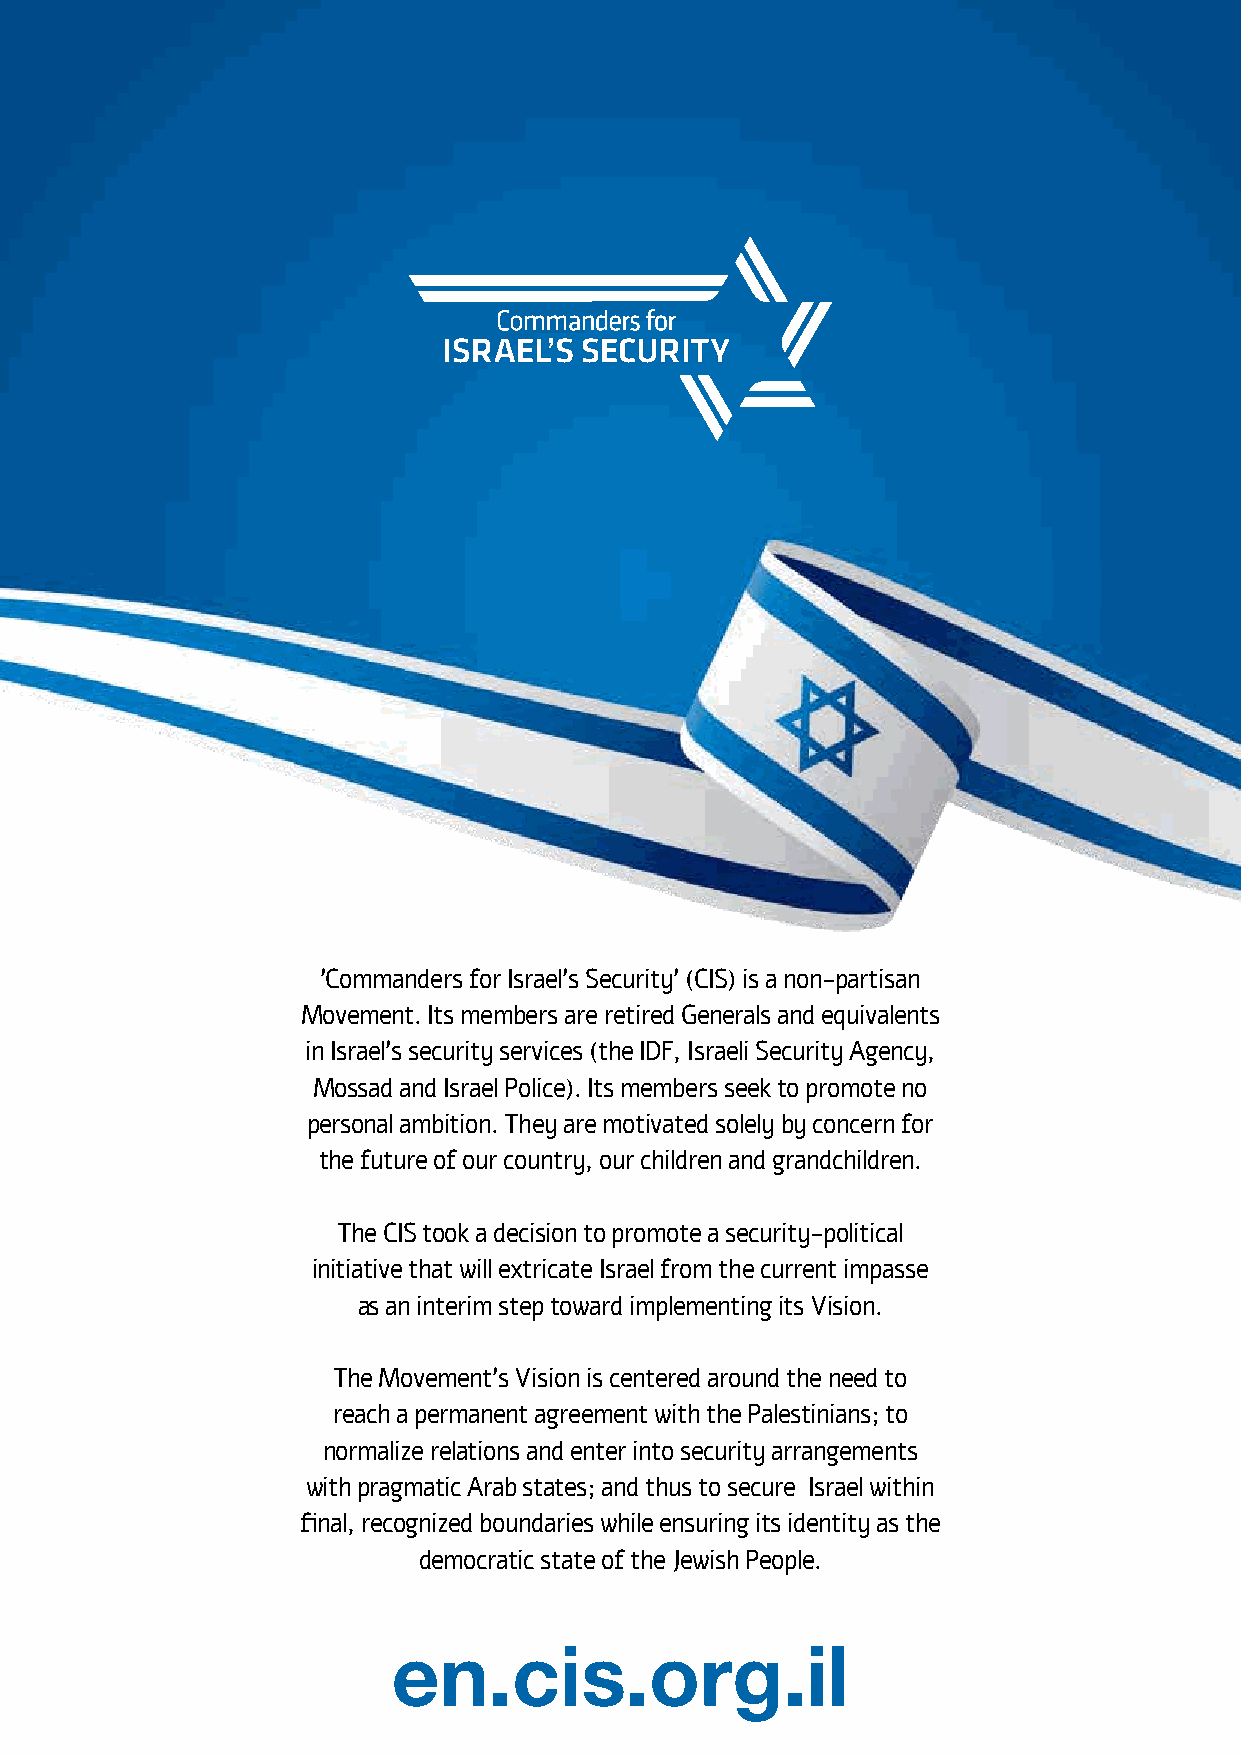
'Commanders for Israel’s Security' (CIS) is a non-partisan
 Movement. Its members are retired Generals and equivalents
 in Israel’s security services (the IDF, Israeli Security Agency,
 Mossad and Israel Police). Its members seek to promote no
 personal ambition. They are motivated solely by concern for
 the future of our country, our children and grandchildren.
 The CIS took a decision to promote a security-political
 initiative that will extricate Israel from the current impasse
 as an interim step toward implementing its Vision.
 The Movement’s Vision is centered around the need to
 reach a permanent agreement with the Palestinians; to
 normalize relations and enter into security arrangements
 with pragmatic Arab states; and thus to secure Israel within
 final, recognized boundaries while ensuring its identity as the
 democratic state of the Jewish People.
 en.cis.org.il